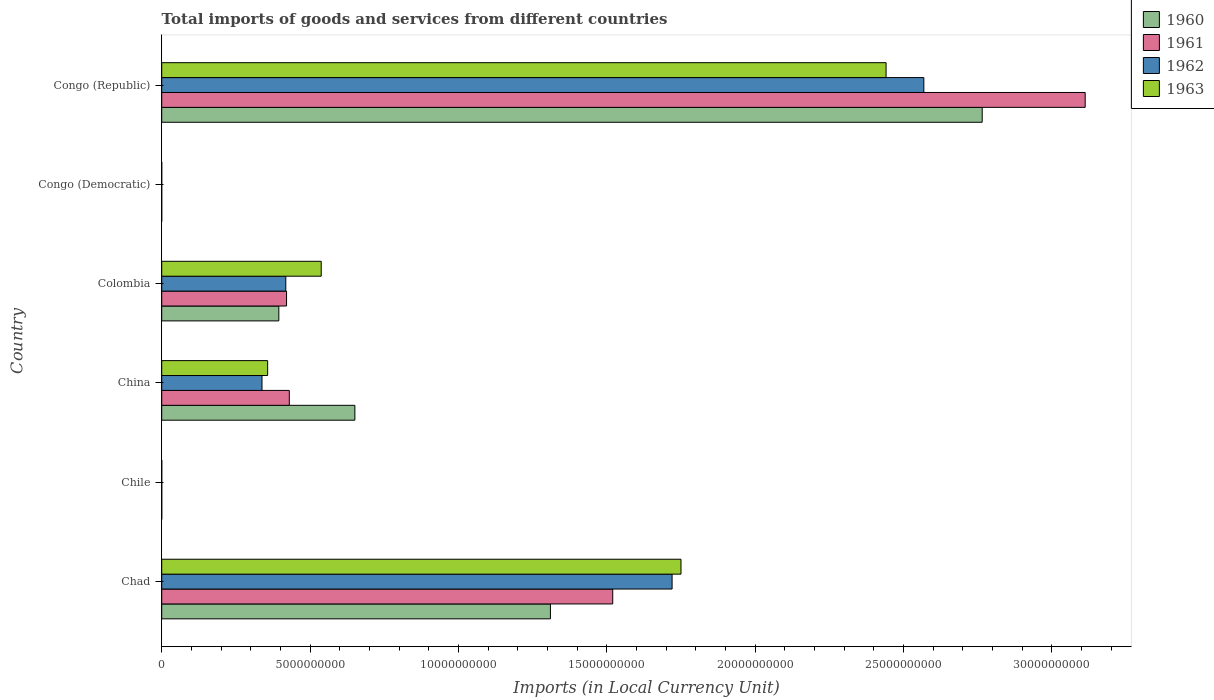
| Country | 1960 | 1961 | 1962 | 1963 |
 | --- | --- | --- | --- | --- |
 | Chad | 1.31e+10 | 1.52e+10 | 1.72e+10 | 1.75e+10 |
 | Chile | 7e+05 | 8e+05 | 8e+05 | 1.3e+06 |
 | China | 6.51e+09 | 4.3e+09 | 3.38e+09 | 3.57e+09 |
 | Colombia | 3.95e+09 | 4.21e+09 | 4.18e+09 | 5.38e+09 |
 | Congo (Democratic) | 0.000111 | 5.07e-05 | 5.91e-05 | 0.000497 |
 | Congo (Republic) | 2.77e+10 | 3.11e+10 | 2.57e+10 | 2.44e+10 |